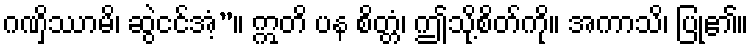
ဂဏှိဿာမိ၊ ဆွဲငင်အံ့”။ ဣတိ ပန စိတ္တံ၊ ဤသို့စိတ်ကို။ အကာသိ၊ ပြု၏။